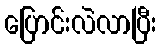
ပြောင်းလဲလာပြီး